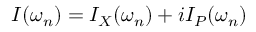
I ( \omega _ { n } ) = I _ { X } ( \omega _ { n } ) + i I _ { P } ( \omega _ { n } )